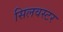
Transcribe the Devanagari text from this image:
सिलवस्टर